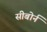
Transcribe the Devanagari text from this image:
सीबोर्न